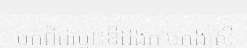
មកពីជម្លោះឌឺដងកាច់កុងស្រី